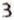
3